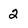
Character: 2